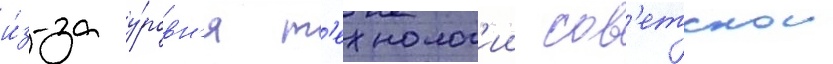
и́з-за у́ровн'я т'ехнолог'ии сов'етскои